Report of the Imperial Institute of Veterinary Research, Muktesar
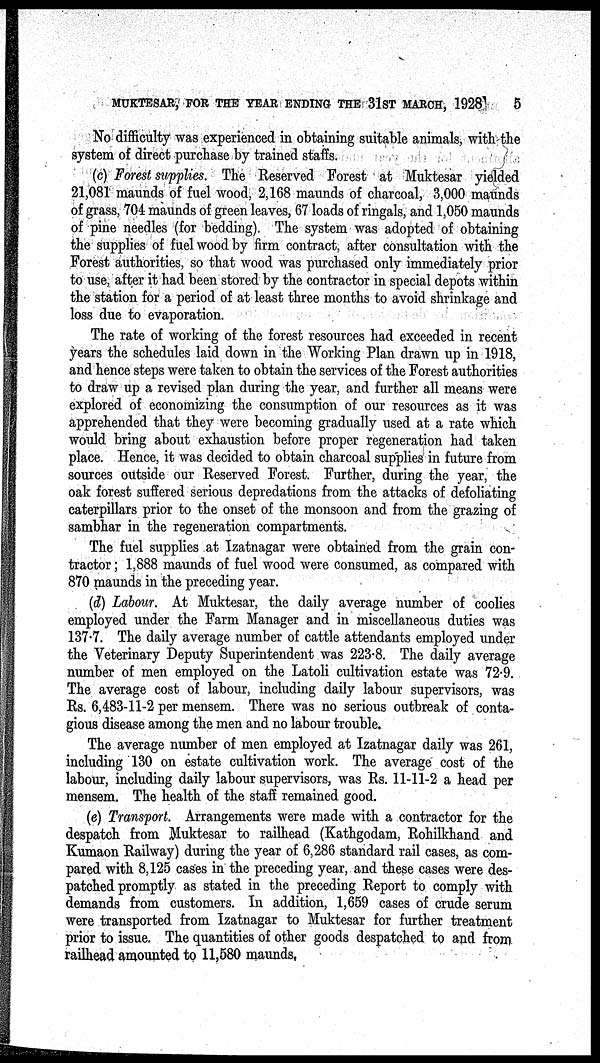
MUKTESAR, FOR THE YEAR ENDING THE 31ST MARCH, 1928
5
No difficulty was experienced in obtaining suitable animals, with the
system of direct purchase by trained staffs.
(c) Forest supplies. The Reserved Forest at Muktesar yielded
21,081 maunds of fuel wood, 2,168 maunds of charcoal, 3,000 maunds
of grass, 704 maunds of green leaves, 67 loads of ringals, and 1,050 maunds
of pine needles (for bedding). The system was adopted of obtaining
the supplies of fuel wood by firm contract, after consultation with the
Forest authorities, so that wood was purchased only immediately prior
to use, after it had been stored by the contractor in special depots within
the station for a period of at least three months to avoid shrinkage and
loss due to evaporation.
The rate of working of the forest resources had exceeded in recent
years the schedules laid down in the Working Plan drawn up in 1918,
and hence steps were taken to obtain the services of the Forest authorities
to draw up a revised plan during the year, and further all means were
explored of economizing the consumption of our resources as it was
apprehended that they were becoming gradually used at a rate which
would bring about exhaustion before proper regeneration had taken
place. Hence, it was decided to obtain charcoal supplies in future from
sources outside our Reserved Forest. Further, during the year, the
oak forest suffered serious depredations from the attacks of defoliating
caterpillars prior to the onset of the monsoon and from the grazing of
sambhar in the regeneration compartments.
The fuel supplies at Izatnagar were obtained from the grain con-
tractor ; 1,888 maunds of fuel wood were consumed, as compared with
870 maunds in the preceding year.
(d) Labour. At Muktesar, the daily average number of coolies
employed under the Farm Manager and in miscellaneous duties was
137.7. The daily average number of cattle attendants employed under
the Veterinary Deputy Superintendent was 223.8. The daily average
number of men employed on the Latoli cultivation estate was 72.9.
The average cost of labour, including daily labour supervisors, was
Rs. 6,483-11-2 per mensem. There was no serious outbreak of conta-
gious disease among the men and no labour trouble.
The average number of men employed at Izatnagar daily was 261,
including 130 on estate cultivation work. The average cost of the
labour, including daily labour supervisors, was Rs. 11-11-2 a head per
mensem. The health of the staff remained good.
(e) Transport. Arrangements were made with a contractor for the
despatch from Muktesar to railhead (Kathgodam, Rohilkhand and
Kumaon Railway) during the year of 6,286 standard rail cases, as com-
pared with 8,125 cases in the preceding year, and these cases were des-
patched promptly as stated in the preceding Report to comply with
demands from customers. In addition, 1,659 cases of crude serum
were transported from Izatnagar to Muktesar for further treatment
prior to issue. The quantities of other goods despatched to and from
railhead amounted to 11,580 maunds.